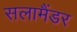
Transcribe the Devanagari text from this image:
सलामैंडर